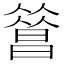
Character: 𣊦